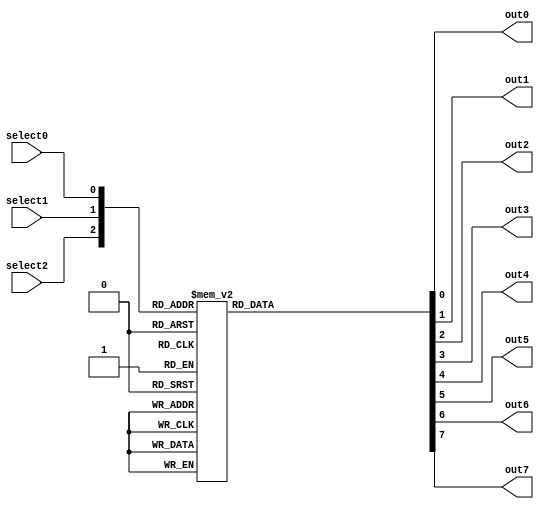
module decoder3_8(select0, select1, select2, out0, out1, out2, out3, out4, out5, out6, out7);
	
input select0, select1, select2;
output reg out0, out1, out2, out3, out4, out5, out6, out7;
	
always @(select0,select1,select2)													
begin
	case ({select2, select1, select0})												
		3'b000: {out7, out6, out5, out4, out3, out2, out1, out0} = 8'b00000001;
		3'b001: {out7, out6, out5, out4, out3, out2, out1, out0} = 8'b00000010;
		3'b010: {out7, out6, out5, out4, out3, out2, out1, out0} = 8'b00000100;
		3'b011: {out7, out6, out5, out4, out3, out2, out1, out0} = 8'b00001000;
		3'b100: {out7, out6, out5, out4, out3, out2, out1, out0} = 8'b00010000;
		3'b101: {out7, out6, out5, out4, out3, out2, out1, out0} = 8'b00100000;
		3'b110: {out7, out6, out5, out4, out3, out2, out1, out0} = 8'b01000000;
		3'b111: {out7, out6, out5, out4, out3, out2, out1, out0} = 8'b10000000;
		default: {out7, out6, out5, out4, out3, out2, out1, out0} = 8'b00000000;
	endcase
end
endmodule